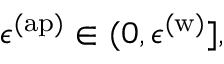
\epsilon ^ { \mathrm { ( a p ) } } \in ( 0 , \epsilon ^ { \mathrm { ( w ) } } ] ,